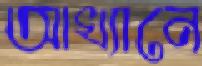
আখ্যানে